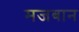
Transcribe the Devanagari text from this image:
मजबान